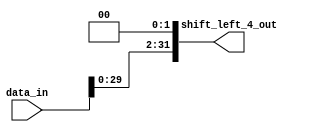
module ShiftLeft4(
    input  wire [31:0] data_in,
    output wire [31:0] shift_left_4_out
);

    assign shift_left_4_out = data_in << 2;

endmodule